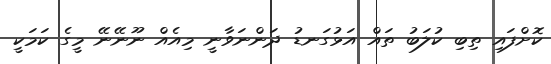
ކޮށްފައި ތިބި ކުލަބު ތައް އަޅުގަނޑު ދަންނަވާނީ މިއެއް ނޫނޭނޭ މީގެ ކަމަކީ